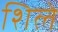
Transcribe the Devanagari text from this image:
शिले